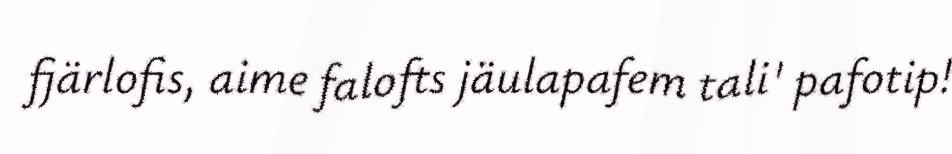
fjärlofis, aime falofts jäulapafem tali' pafotip!